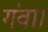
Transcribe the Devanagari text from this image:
गंवा।